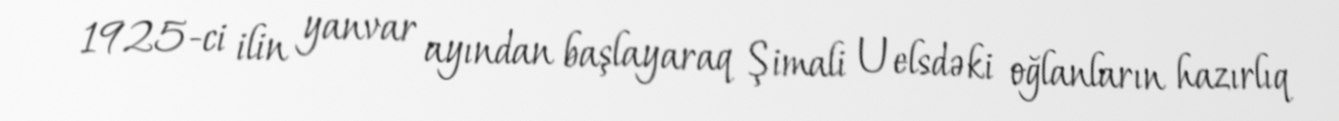
1925-ci ilin yanvar ayından başlayaraq Şimali Uelsdəki oğlanların hazırlıq